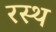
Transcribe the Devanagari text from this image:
रस्थ